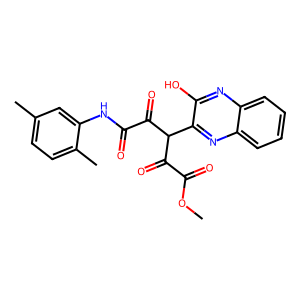
SMILES: COC(=O)C(=O)C(C(=O)C(=O)Nc1cc(C)ccc1C)c1nc2ccccc2nc1O
Inhibits HIV replication: No